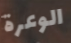
الوعرة